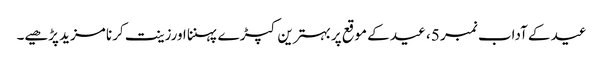
عید کے آداب نمبر 5 ، ﻿عید کے موقع پربہترین کپڑ ے پہننا اورزینت کرنا مزید پڑھیے۔